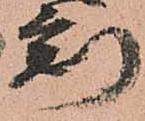
刻